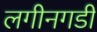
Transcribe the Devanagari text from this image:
लगीनगडी